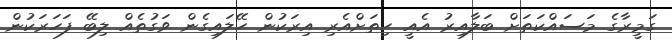
ގަމީރާގެ މަސައްކަތަށް ބަލާއިރު އެއީ ހިތަށްއެރި އިރަކުން ހޭލައިގެން ވަގުތެއް ލިބޭ ފަހަރަކުން